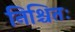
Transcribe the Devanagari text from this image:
निश्चितः